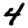
Digit: 4